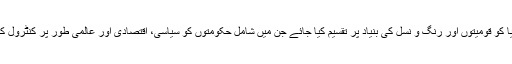
پوری دنیا کو قومیتوں اور رنگ و نسل کی بنیاد پر تقسیم کیا جائے جن میں شامل حکومتوں کو سیاسی، اقتصادی اور عالمی طور پر کنٹرول کیا جائے۔